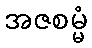
အဇစမ္မံ